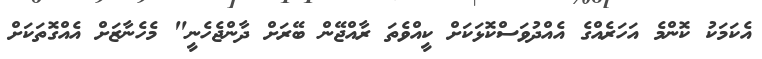
އެކަމަކު ކޮންމެ އަހަރެއްގެ އެއްދުވަސްކޮޅަކަށް ކީއްވެތަ ރާއްޖޭން ބޭރަށް ދާންޖެހެނީ" މެހެނާޒަށް އެއްގޮތަކަށް